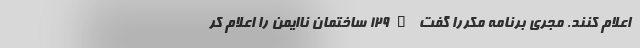
اعلام کنند. مجری برنامه مکررا گفت "۱۲۹ ساختمان ناایمن را اعلام کر